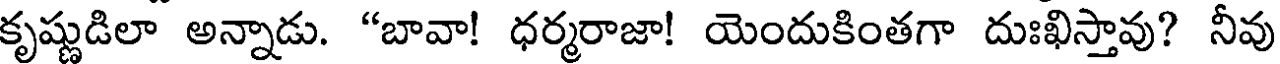
కృష్ణుడిలా అన్నాడు. "బావా! ధర్మరాజా! యెందుకింతగా దుఃఖిస్తావు? నీవు